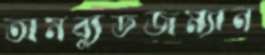
অমব্যুডজম্যান